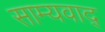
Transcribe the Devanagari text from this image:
साम्यवाद्